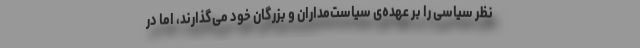
نظر سیاسی را بر عهده‌ی سیاست‌مداران و بزرگان خود می‌گذارند، اما در